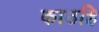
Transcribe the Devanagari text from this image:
काठहि